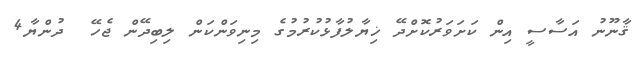
ޤާނޫނު އަސާސީ އިން ކަށަވަރުކޮށްދޭ ޚިޔާލުފާޅުކުރުމުގެ މިނިވަންކަން ލިބިދޭން ޖެހޭ  ދުންޔާ4